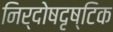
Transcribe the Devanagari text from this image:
निर्दोषदृष्टिक